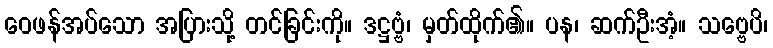
ဝေဖန်အပ်သော အပြားသို့ တင်ခြင်းကို။ ဒဋ္ဌဗ္ဗံ၊ မှတ်ထိုက်၏။ ပန၊ ဆက်ဦးအံ့။ သဗ္ဗေပိ၊